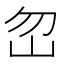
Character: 𡵶